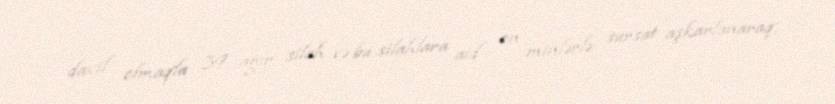
daxil olmaqla 39 ağır silah və bu silahlara aid on minlərlə sursat aşkarlanaraq,